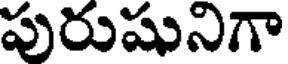
పురుషునిగా